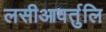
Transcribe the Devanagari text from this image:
लसीआवर्तुलि